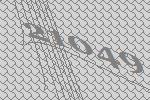
21049